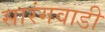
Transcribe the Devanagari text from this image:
सारंगवाडी